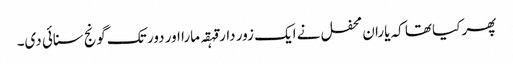
پھر کیا تھا کہ یاران محفل نے ایک زور دار قہقہ مارا اور دور تک گونج سنائی دی۔